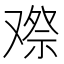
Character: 𠭫